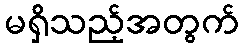
မရှိသည့်အတွက်